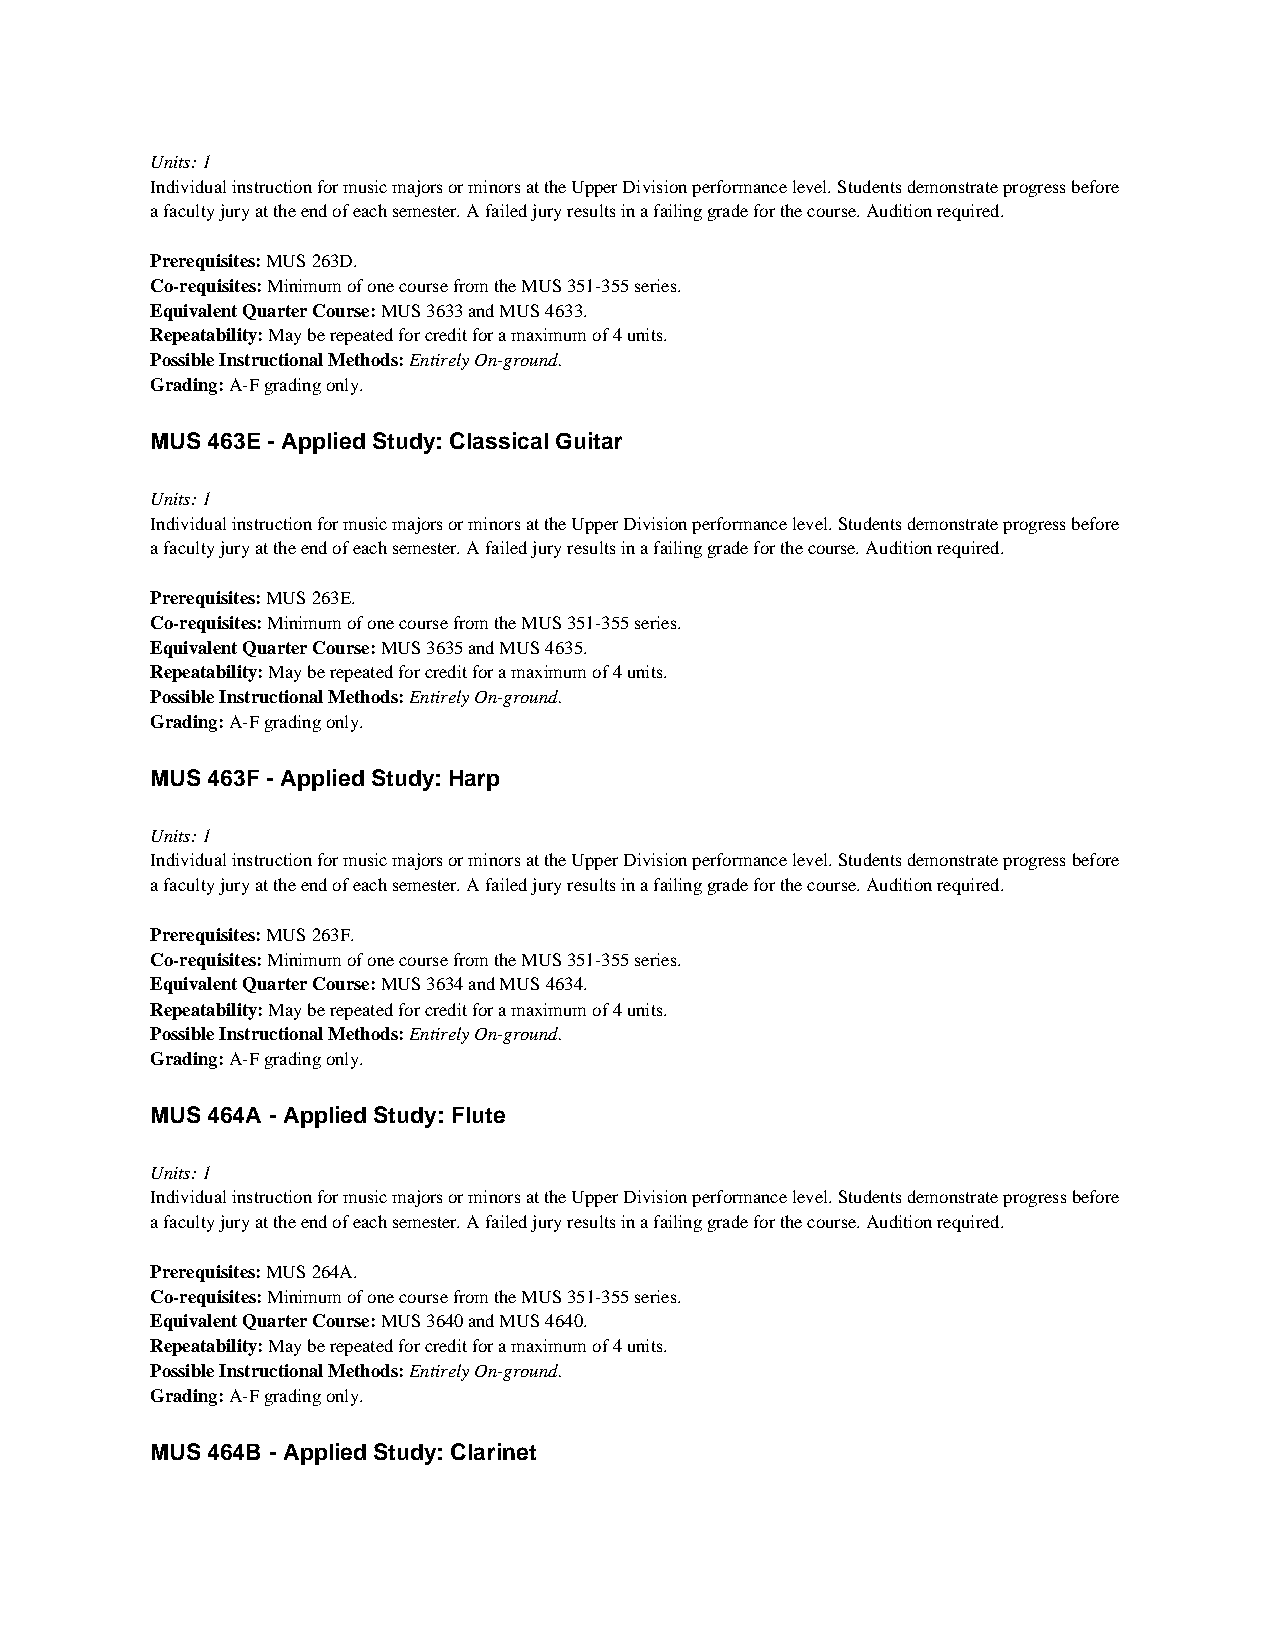
Units: 1
 Individual instruction for music majors or minors at the Upper Division performance level. Students demonstrate progress before
 a faculty jury at the end of each semester. A failed jury results in a failing grade for the course. Audition required.
 Prerequisites: MUS 263D.
 Co-requisites: Minimum of one course from the MUS 351-355 series.
 Equivalent Quarter Course: MUS 3633 and MUS 4633.
 Repeatability: May be repeated for credit for a maximum of 4 units.
 Possible Instructional Methods: Entirely On-ground.
 Grading: A-F grading only.
 MUS 463E - Applied Study: Classical Guitar
 Units: 1
 Individual instruction for music majors or minors at the Upper Division performance level. Students demonstrate progress before
 a faculty jury at the end of each semester. A failed jury results in a failing grade for the course. Audition required.
 Prerequisites: MUS 263E.
 Co-requisites: Minimum of one course from the MUS 351-355 series.
 Equivalent Quarter Course: MUS 3635 and MUS 4635.
 Repeatability: May be repeated for credit for a maximum of 4 units.
 Possible Instructional Methods: Entirely On-ground.
 Grading: A-F grading only.
 MUS 463F - Applied Study: Harp
 Units: 1
 Individual instruction for music majors or minors at the Upper Division performance level. Students demonstrate progress before
 a faculty jury at the end of each semester. A failed jury results in a failing grade for the course. Audition required.
 Prerequisites: MUS 263F.
 Co-requisites: Minimum of one course from the MUS 351-355 series.
 Equivalent Quarter Course: MUS 3634 and MUS 4634.
 Repeatability: May be repeated for credit for a maximum of 4 units.
 Possible Instructional Methods: Entirely On-ground.
 Grading: A-F grading only.
 MUS 464A - Applied Study: Flute
 Units: 1
 Individual instruction for music majors or minors at the Upper Division performance level. Students demonstrate progress before
 a faculty jury at the end of each semester. A failed jury results in a failing grade for the course. Audition required.
 Prerequisites: MUS 264A.
 Co-requisites: Minimum of one course from the MUS 351-355 series.
 Equivalent Quarter Course: MUS 3640 and MUS 4640.
 Repeatability: May be repeated for credit for a maximum of 4 units.
 Possible Instructional Methods: Entirely On-ground.
 Grading: A-F grading only.
 MUS 464B - Applied Study: Clarinet